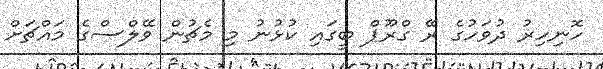
ހޮނިހިރު ދުވަހުގެ ރޭ ގްރޫޕް ބީގައި ކުޅުނު މި މެޗުން ވޭލްސްގެ މައްޗަށް